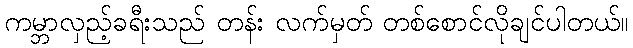
ကမ္ဘာလှည့်ခရီးသည် တန်း လက်မှတ် တစ်စောင်လိုချင်ပါတယ်။